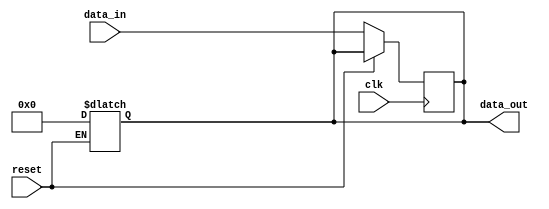
module async_reset_behavioral (
    input wire clk,        // Clock signal
    input wire reset,      // Asynchronous reset signal
    input wire [7:0] data_in, // Data input signal (8-bit wide)
    output reg [7:0] data_out // Data output signal (8-bit wide)
);

// Behavioral logic with asynchronous reset
always @(*) begin
    if (reset) begin
        data_out = 8'b0; // Reset output to zero when reset is asserted
    end
    else begin
        data_out = data_out; // Hold the current output value (unless updated)
    end
end

// Clock edge triggered logic
always @(posedge clk) begin
    if (!reset) begin
        data_out <= data_in; // Capture input data on rising edge of clock if reset is not active
    end
end

endmodule